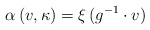
\begin{align*}\alpha \, (v,\kappa)= \xi \, (g^{-1}\cdot v ) \end{align*}